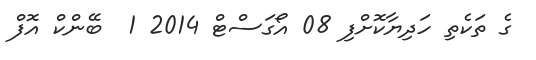
ގެ ތަކެތި ހަދިޔާކޮށްފި 08 އޯގަސްޓް 2014 1  ބޭންކް އޮފް